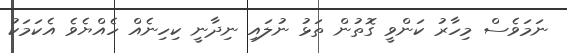
ނަމަވެސް މިހާރު ކަންވީ ގޮތުން ތަޅު ނުލައި ނިދާނީ ކިހިނެއް ހެއްޔެވެ އެކަމަކު